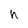
Character: h